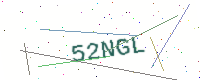
Text: 52NGL